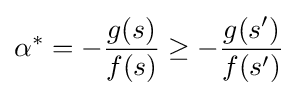
\alpha ^{*}=-{\frac {g(s)}{f(s)}}\geq -{\frac {g(s')}{f(s')}}